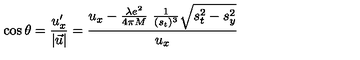
\cos \theta = \frac { u _ { x } ^ { \prime } } { | \vec { u } | } = \frac { u _ { x } - \frac { \lambda e ^ { 2 } } { 4 \pi M } \ \frac { 1 } { ( s _ { t } ) ^ { 3 } } \sqrt { s _ { t } ^ { 2 } - s _ { y } ^ { 2 } } } { u _ { x } }